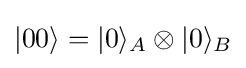
|00\rangle =|0\rangle _{A}\otimes |0\rangle _{B}